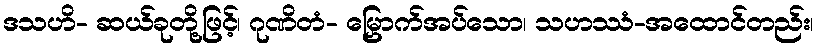
ဒသဟိ- ဆယ်ခုတို့ဖြင့်၊ ဂုဏိတံ- မြှောက်အပ်သော၊ သဟဿံ-အထောင်တည်း၊